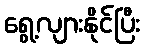
ရွေ့လျားနိုင်ပြီး